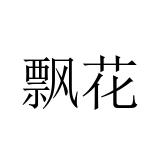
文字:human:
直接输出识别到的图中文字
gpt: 飘花